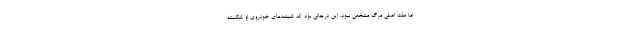
اما علت اصلی مرگ مشخص نبود. این درحالی بود که شیشه‌های خودروی او شکسته